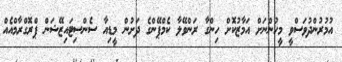
އުމުރުންދުވަސްވީ މީހުންނަށް އަމާޒުކޮށް ހިންގާ ރަންވޭލާ ކެމްޕޭންގެ ދަށުން މީޑިއާ ސެންސިޓައިޒޭޝަން ޕްރޮގްރާމްއެއް